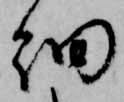
細